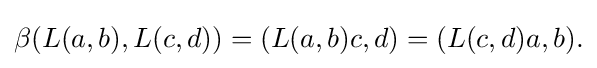
\displaystyle {\beta (L(a,b),L(c,d))=(L(a,b)c,d)=(L(c,d)a,b).}